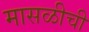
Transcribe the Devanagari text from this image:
मासळीची